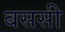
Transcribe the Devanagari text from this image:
बससी